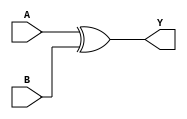
module xor_gate (
    input A,
    input B,
    output Y
);

assign Y = A ^ B; // XOR operation

endmodule